Indian journal of veterinary science and animal husbandry - Volumes 26-27, 1956-1957
Year: 1956
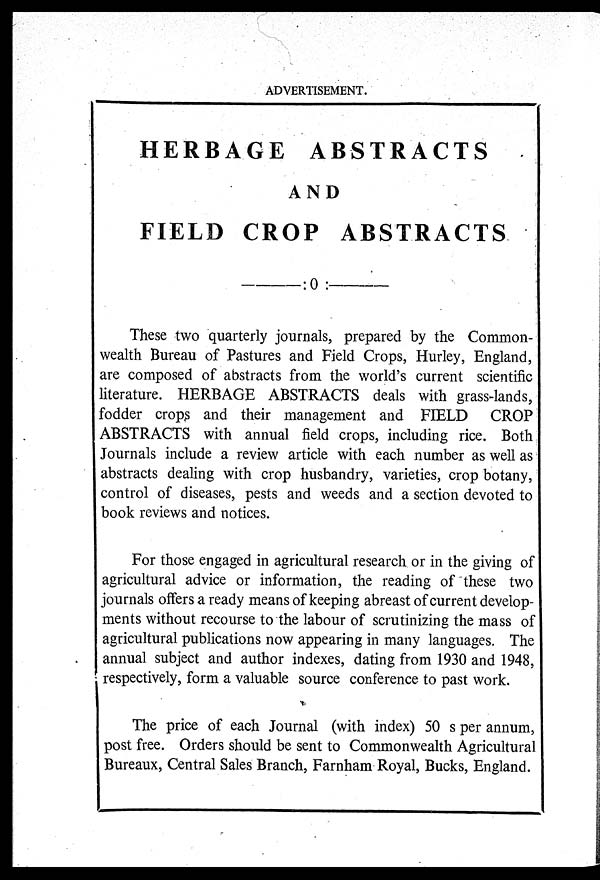
ADVERTISEMENT.
HERBAGE ABSTRACTS
AND
FIELD CROP ABSTRACTS
———:0
:———
These two quarterly journals, prepared by the Common-
wealth Bureau of Pastures and Field Crops, Hurley, England,
are composed of abstracts from the world's current scientific
literature. HERBAGE ABSTRACTS deals with grass-lands,
fodder crops and their management and FIELD CROP
ABSTRACTS with annual field crops, including rice. Both
Journals include a review article with each number as well as
abstracts dealing with crop husbandry, varieties, crop botany,
control of diseases, pests and weeds and a section devoted to
book reviews and notices.
For those engaged in agricultural research or in the giving of
agricultural advice or information, the reading of these two
journals offers a ready means of keeping abreast of current develop-
ments without recourse to the labour of scrutinizing the mass of
agricultural publications now appearing in many languages. The
annual subject and author indexes, dating from 1930 and 1948,
respectively, form a valuable source conference to past work.
The price of each Journal (with index) 50 s per annum,
post free. Orders should be sent to Commonwealth Agricultural
Bureaux, Central Sales Branch, Farnham Royal, Bucks, England.